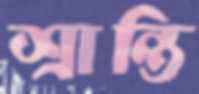
শ্রান্তি